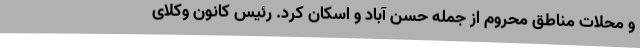
و محلات مناطق محروم از جمله حسن آباد و اسکان کرد. رئیس کانون وکلای